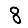
Digit: 8